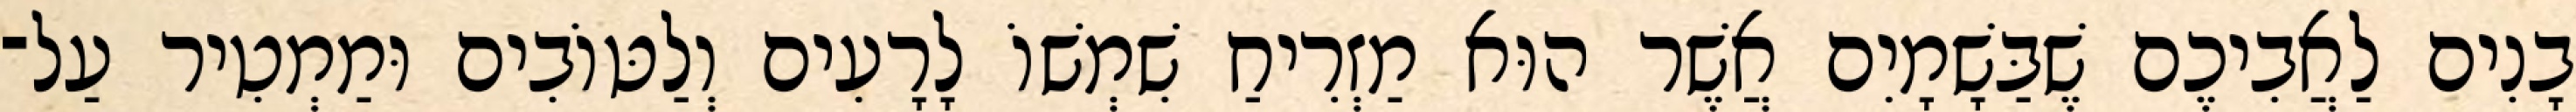
בָנִים לַאֲבִיכֶם שֶׁבַּשָׁמָיִם אֲשֶׁר הוּא מַזְרִיחַ שִׁמְשׁוֹ לָרָעִים וְלַטּוֹבִים וּמַמְטִיר עַל־